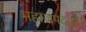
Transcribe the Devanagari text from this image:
महाजपदांहून